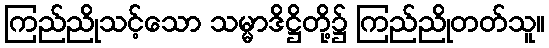
ကြည်ညိုသင့်သော သမ္မာဒိဋ္ဌိတို့၌ ကြည်ညိုတတ်သူ။